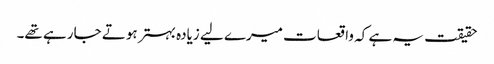
حقیقت یہ ہے کہ واقعات میرے لیے زیادہ بہتر ہوتے جا رہے تھے۔